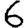
Digit: 6